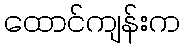
ထောင်ကျန်းက